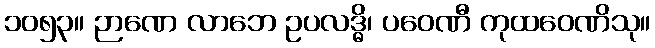
၁၀၅၃။ ဉာဏေ လာဘေ ဥပလဒ္ဓိ၊ ပဝေဏီ ကုထဝေဏိသု။